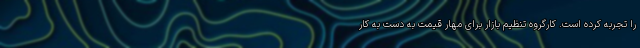
را تجربه کرده است. کارگروه تنظیم بازار برای مهار قیمت به دست به کار